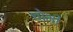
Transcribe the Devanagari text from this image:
धोभी